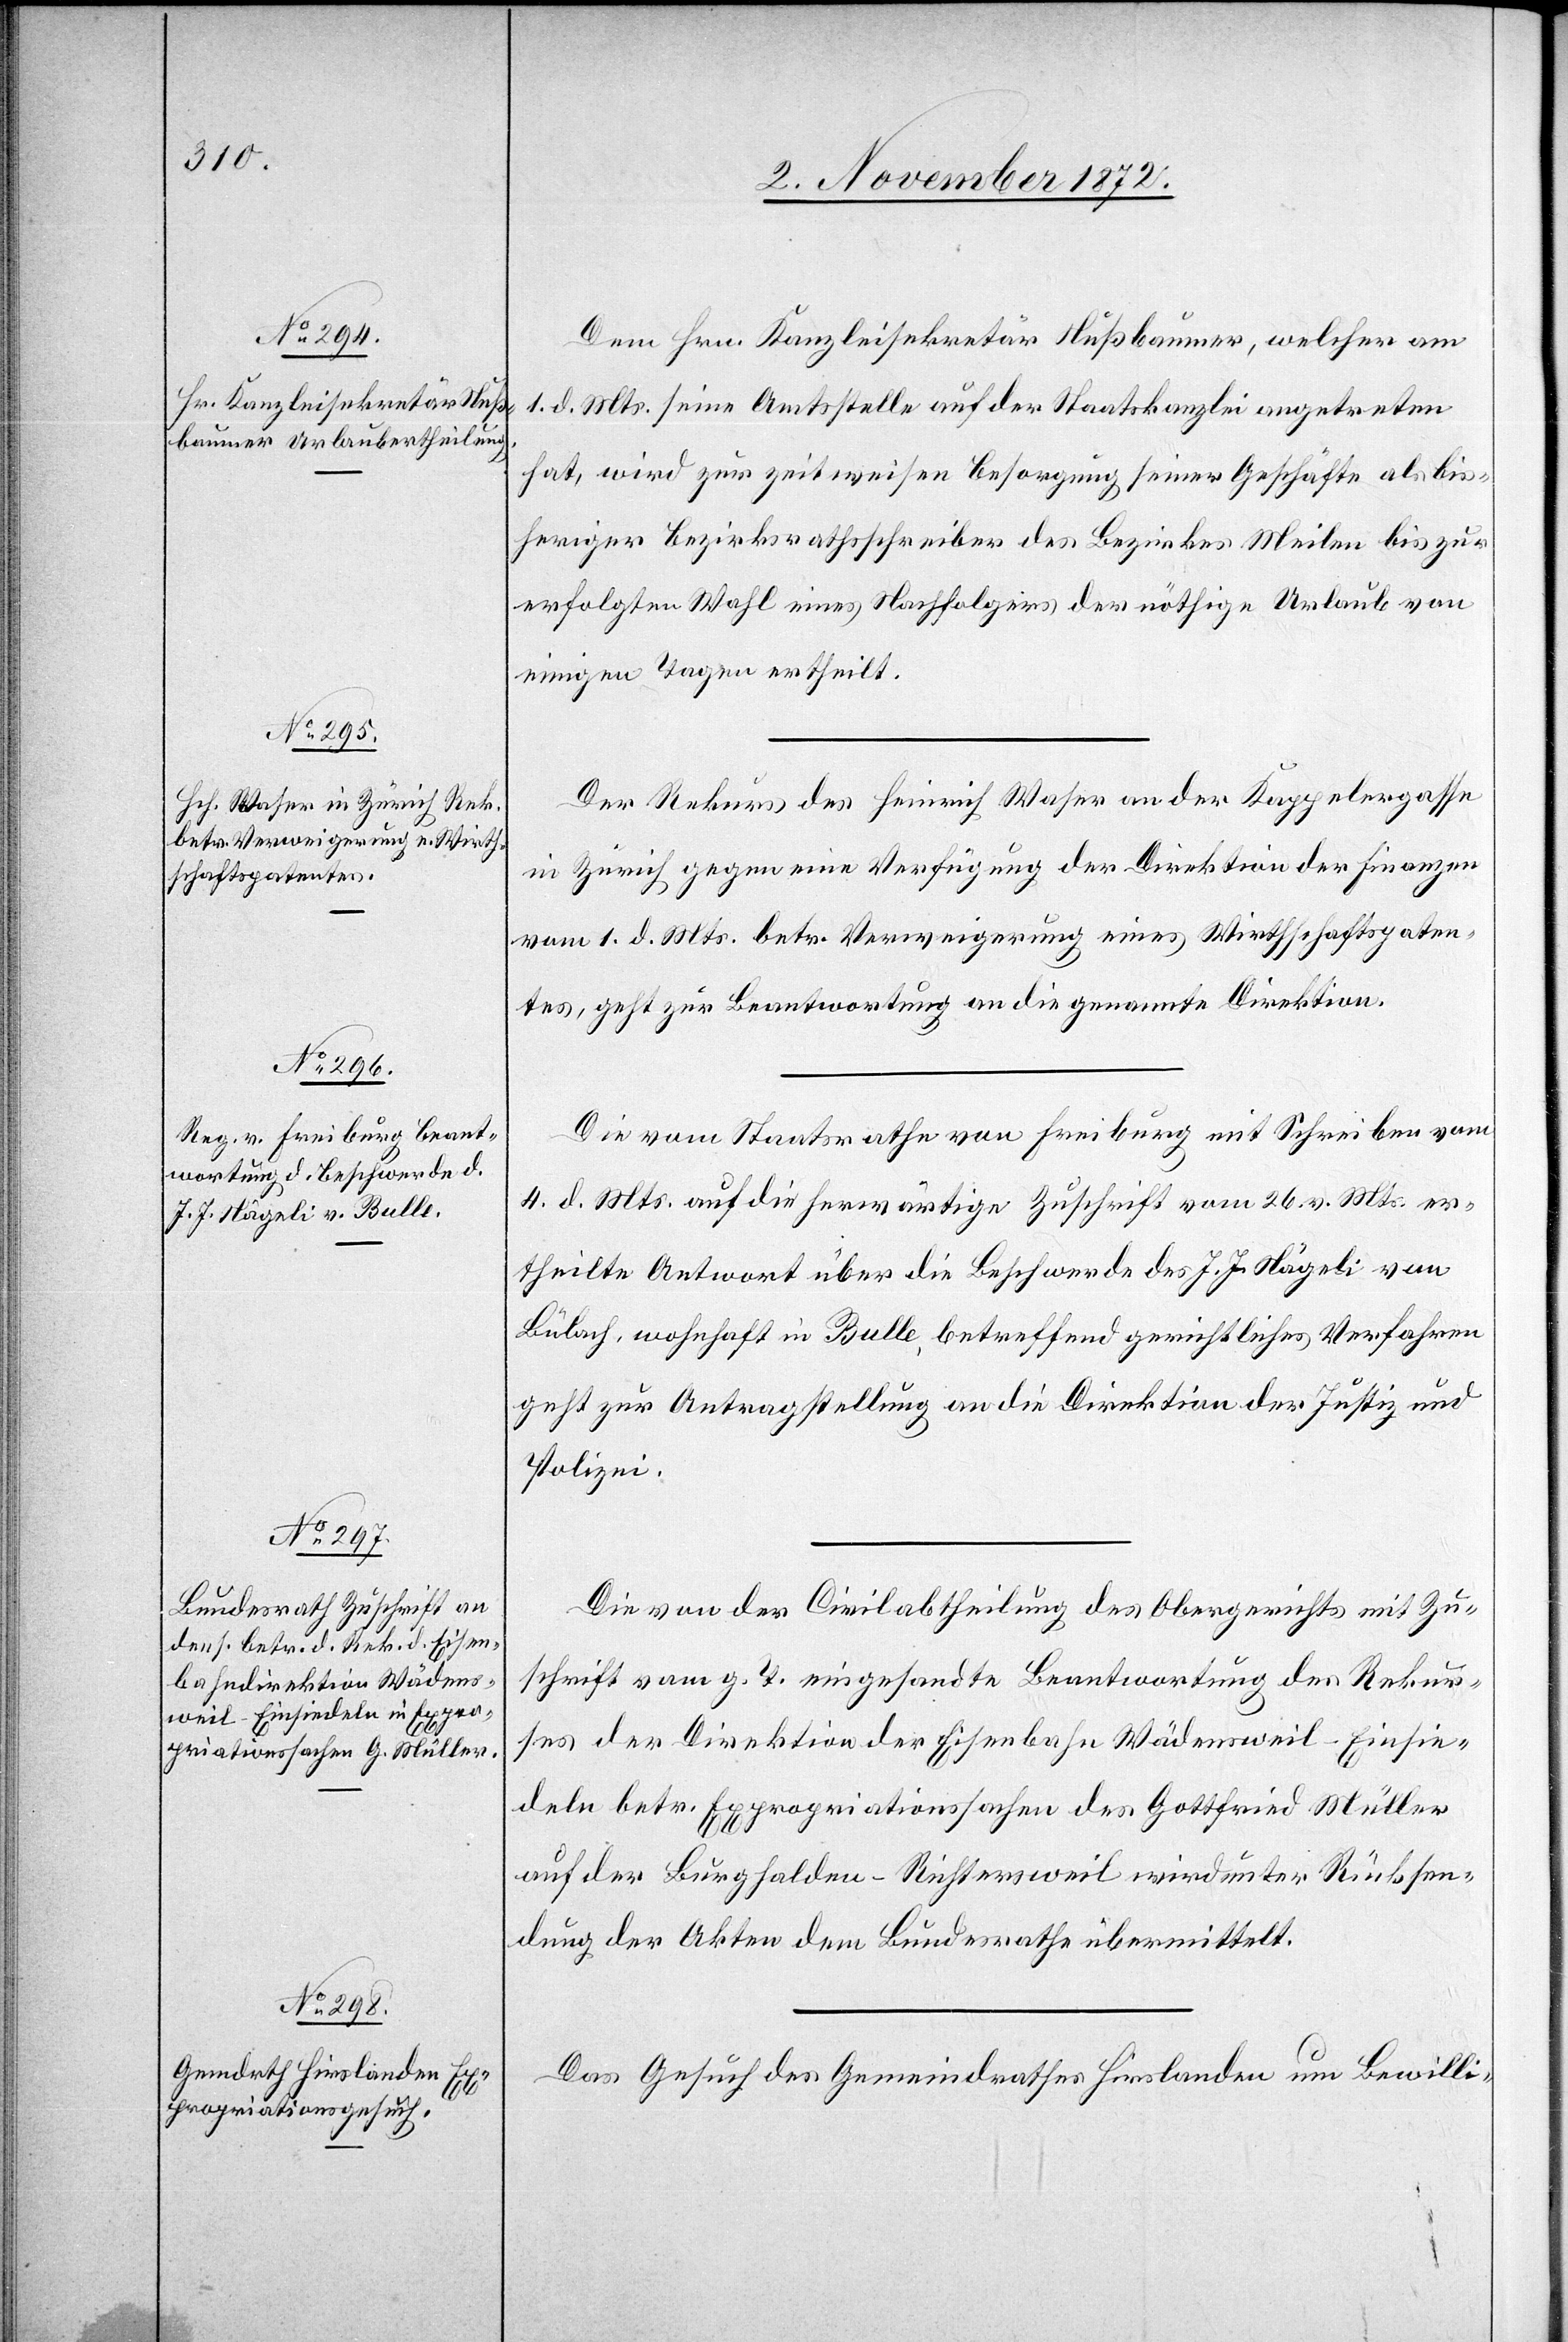
8. November 1872.]
Dem Hrn. Kanzleisekretär Nußbaumer, welcher am
1. d. Mts. seine Amtsstelle auf der Staatskanzlei angetreten
hat, wird zur zeitweisen Besorgung seiner Geschäfte als bis¬
heriger Bezirksrathsschreiber des Bezirkes Meilen bis zur
erfolgten Wahl eines Nachfolgers der nöthige Urlaub von
einigen Tagen ertheilt.
Der Rekurs des Heinrich Waser an der Kappelergasse
in Zürich gegen eine Verfügung der Direktion der Finanzen
vom 1. d. Mts. betr. Verweigerung eines Wirthschaftspaten¬
tes, geht zur Beantwortung an die genannte Direktion.
Die vom Staatsrathe von Freiburg mit Schreiben vom
4. d, Mts. auf die herwärtige Zuschrift vom 26. d. Mts. er¬
theilte Antwort über die Beschwerde des J. J. Nägeli von
Bülach, wohnhaft in Bulle, betreffend gerichtliches Verfahren
geht zur Antragstellung an die Direktion der Justiz und
Polizei.
Die von der Civilabtheilung des Obergerichts mit Zu¬
schrift vom g. T. eingesandte Beantwortung des Rekur¬
ses der Direktion der Eisenbahn Wädensweil–Einsie¬
deln betr. Expropriationssachen des Gottfried Müller
auf der Burghalden–Richtersweil wird unter Rücksen¬
dung der Akten dem Bundesrathe übermittelt.
Das Gesuch des Gemeindrathes Hirslanden um Bewilli-